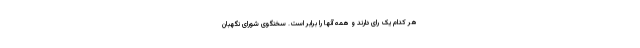
هر کدام یک رای دارند و همه آنها را برابر است. سخنگوی شورای نگهبان